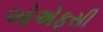
ઓએફસી